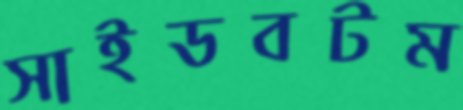
সাইডবটম